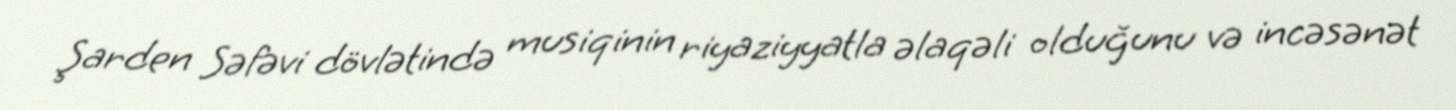
Şarden Səfəvi dövlətində musiqinin riyaziyyatla əlaqəli olduğunu və incəsənət